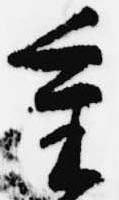
重